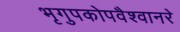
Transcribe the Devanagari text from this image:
भृगुपकोपवैश्वानरे